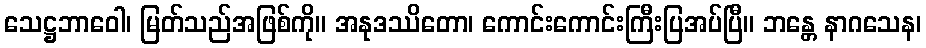
သေဋ္ဌဘာဝေါ၊ မြတ်သည်အဖြစ်ကို။ အနုဒဿိတော၊ ကောင်းကောင်းကြီးပြအပ်ပြီ။ ဘန္တေ နာဂသေန၊